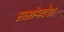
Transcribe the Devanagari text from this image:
सप्तोपदेश